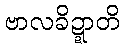
ဗာလခိဍ္ဍာတိ